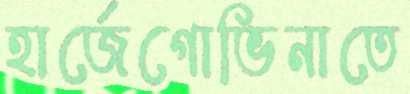
হার্জেগোভিনাতে